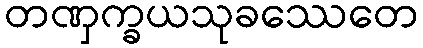
တဏှက္ခယသုခဿေတေ